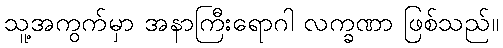
သူ့အကွက်မှာ အနာကြီးရောဂါ လက္ခဏာ ဖြစ်သည်။